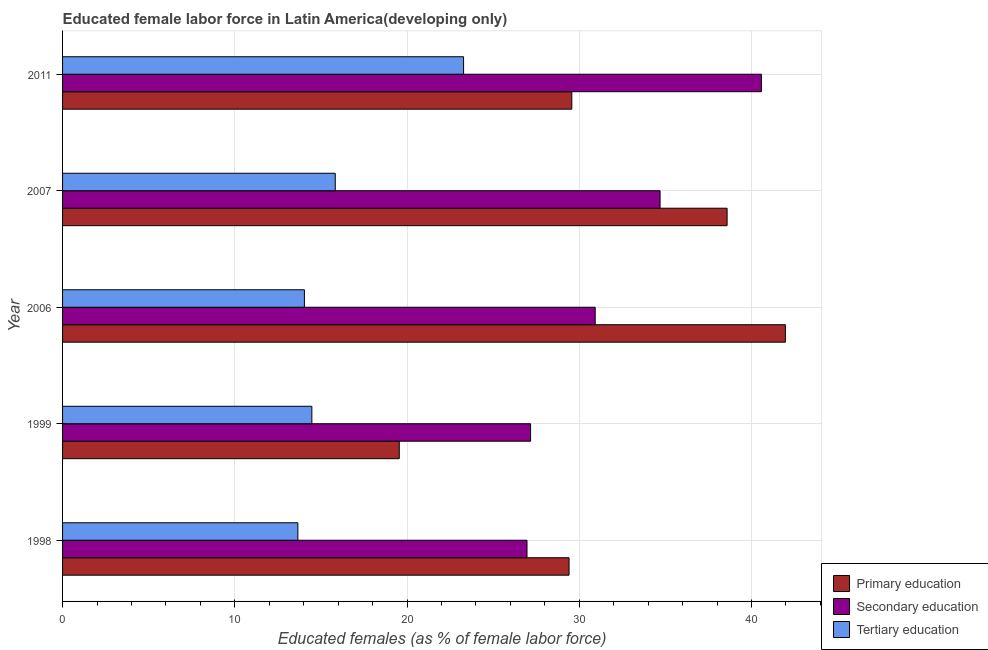
| Year | Primary education | Secondary education | Tertiary education |
 | --- | --- | --- | --- |
 | 1998 | 29.4 | 27 | 13.7 |
 | 1999 | 19.6 | 27.2 | 14.5 |
 | 2006 | 42 | 30.9 | 14 |
 | 2007 | 38.6 | 34.7 | 15.8 |
 | 2011 | 29.6 | 40.6 | 23.3 |